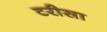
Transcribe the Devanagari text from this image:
टरीसा